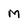
Character: M